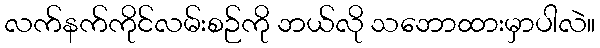
လက်နက်ကိုင်လမ်းစဉ်ကို ဘယ်လို သဘောထားမှာပါလဲ။